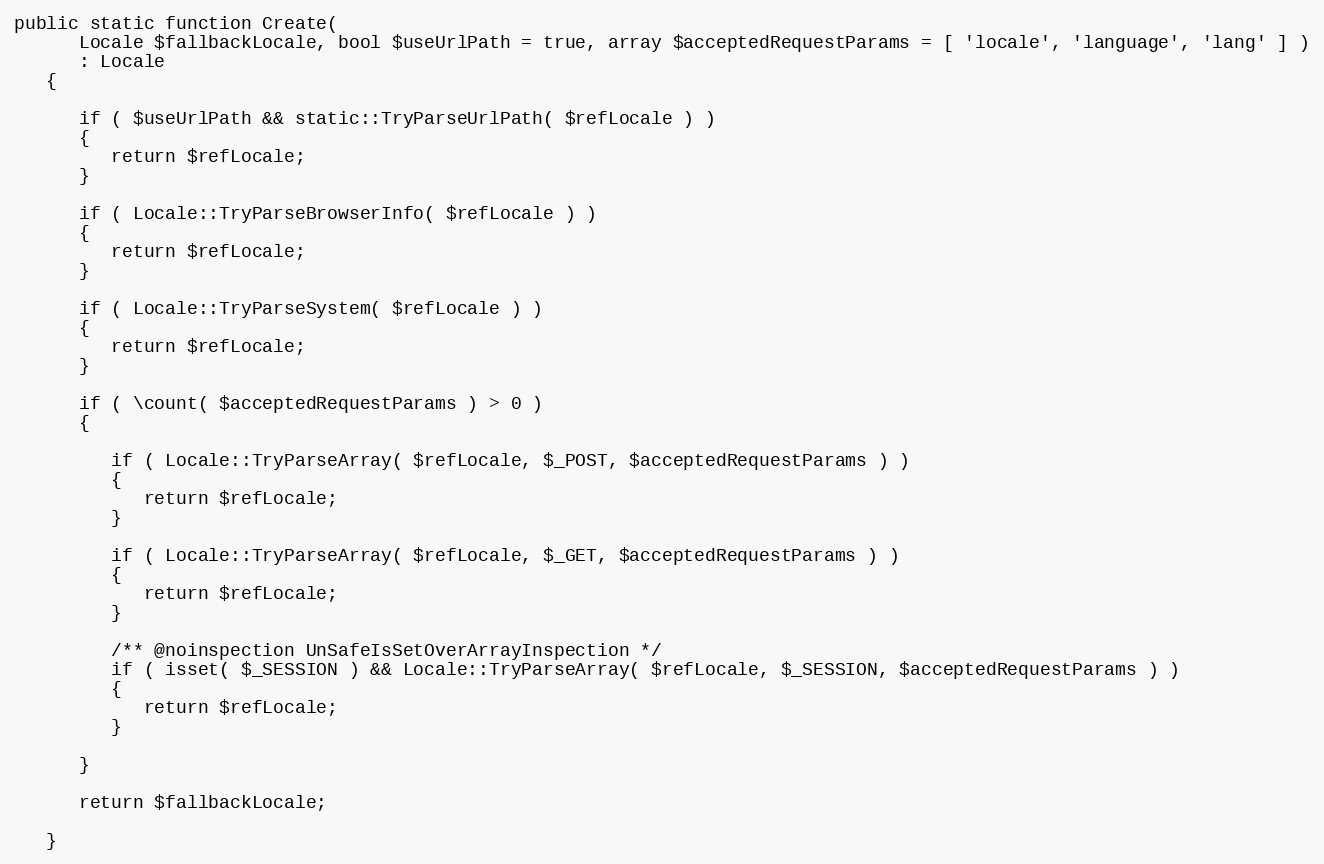
Language: PHP
public static function Create(
      Locale $fallbackLocale, bool $useUrlPath = true, array $acceptedRequestParams = [ 'locale', 'language', 'lang' ] )
      : Locale
   {

      if ( $useUrlPath && static::TryParseUrlPath( $refLocale ) )
      {
         return $refLocale;
      }

      if ( Locale::TryParseBrowserInfo( $refLocale ) )
      {
         return $refLocale;
      }

      if ( Locale::TryParseSystem( $refLocale ) )
      {
         return $refLocale;
      }

      if ( \count( $acceptedRequestParams ) > 0 )
      {

         if ( Locale::TryParseArray( $refLocale, $_POST, $acceptedRequestParams ) )
         {
            return $refLocale;
         }

         if ( Locale::TryParseArray( $refLocale, $_GET, $acceptedRequestParams ) )
         {
            return $refLocale;
         }

         /** @noinspection UnSafeIsSetOverArrayInspection */
         if ( isset( $_SESSION ) && Locale::TryParseArray( $refLocale, $_SESSION, $acceptedRequestParams ) )
         {
            return $refLocale;
         }

      }

      return $fallbackLocale;

   }